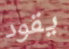
يقود